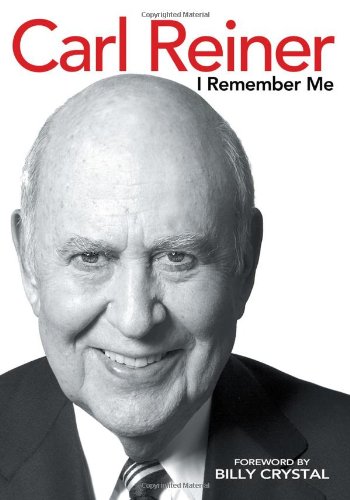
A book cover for I Remember Me; Carl Reiner; Biographies & Memoirs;